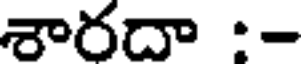
శారదా :-